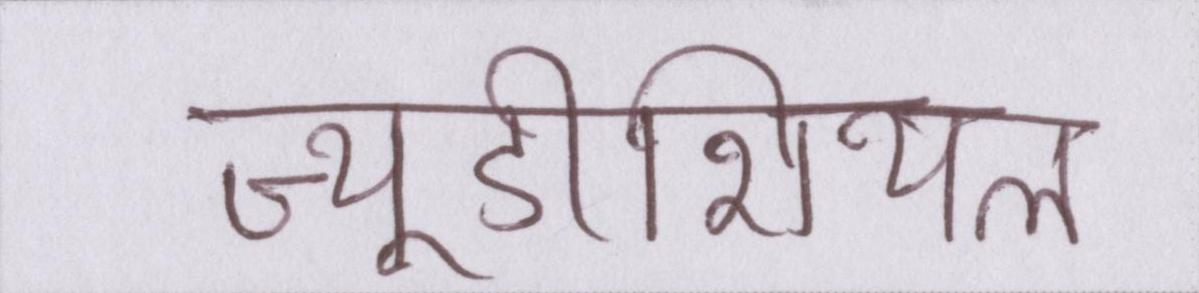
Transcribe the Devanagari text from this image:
ज्यूडीशियल